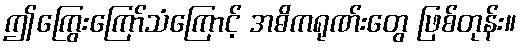
ဤကြွေးကြော်သံကြောင့် အဓိကရုဏ်းတွေ ဖြစ်တုန်း။